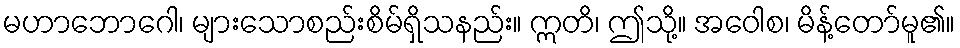
မဟာဘောဂေါ၊ များသောစည်းစိမ်ရှိသနည်း။ ဣတိ၊ ဤသို့။ အဝေါစ၊ မိန့်တော်မူ၏။